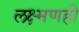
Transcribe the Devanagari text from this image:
लक्ष्मणही